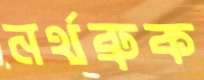
নর্থব্রুক